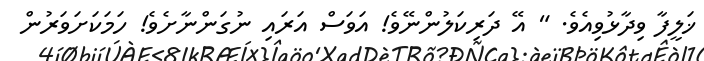
ޚަލީފާ ވިދާޅުވިއެވެ. " އޭ ދަރިކަލުންނޭވެ! އަވަސް އަރައި ނުގަންނާށެވެ! ހަމަކަށަވަރުން